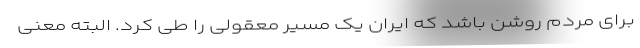
برای مردم روشن باشد که ایران یک مسیر معقولی را طی کرد. البته معنی